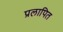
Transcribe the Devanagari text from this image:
प्रलापित